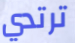
ترتدي